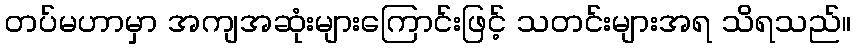
တပ်မဟာမှာ အကျအဆုံးများကြောင်းဖြင့် သတင်းများအရ သိရသည်။